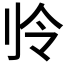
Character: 𫥻